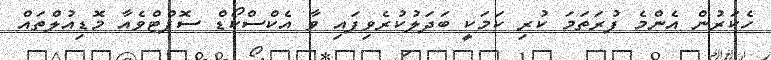
ހެކަރުން އެންމެ ފުރަތަމަ ކުރި ކަމަކީ ބަދަލުކުރެވިފައި ވާ އެކްސްކޯޑް ސޮފްޓްވެއާ މޮޑިއުލްތައް